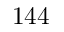
1 4 4